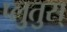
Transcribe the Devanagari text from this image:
प्लुतुस्